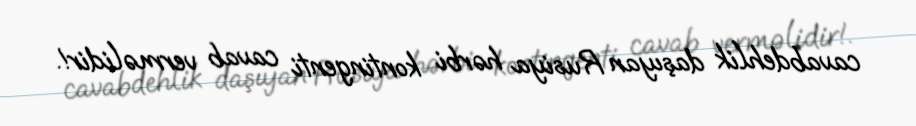
cavabdehlik daşıyan Rusiya hərbi kontingenti cavab verməlidir!.